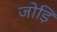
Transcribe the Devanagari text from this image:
जोड़ि